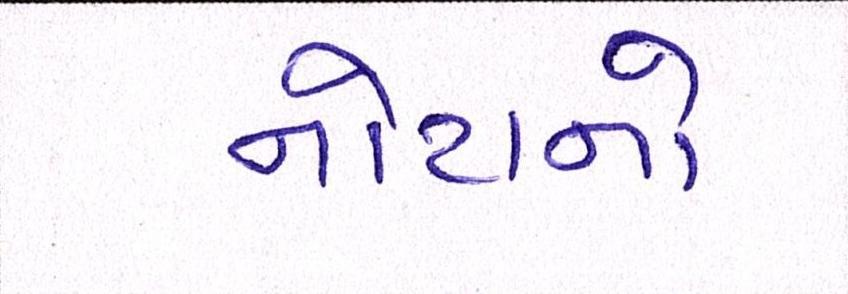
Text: નોટાનો